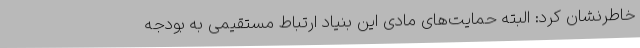
خاطرنشان کرد: البته حمایت‌های مادی این بنیاد ارتباط مستقیمی به بودجه